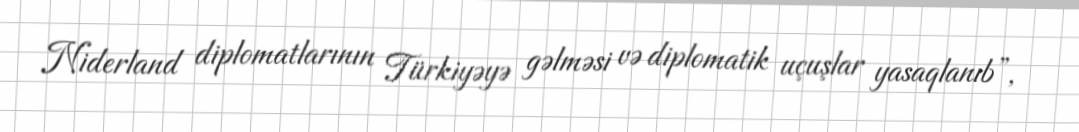
Niderland diplomatlarının Türkiyəyə gəlməsi və diplomatik uçuşlar yasaqlanıb”,